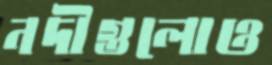
নদীগুলোও